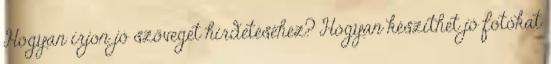
Hogyan írjon jó szöveget hirdetéséhez? Hogyan készíthet jó fotókat